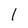
Character: I